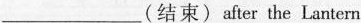
___(结束)after the Lantern